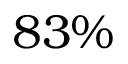
8 3 \%